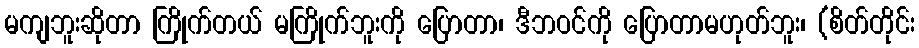
မကျဘူးဆိုတာ ကြိုက်တယ် မကြိုက်ဘူးကို ပြောတာ၊ ဒီဘဝင်ကို ပြောတာမဟုတ်ဘူး၊ (စိတ်တိုင်း